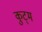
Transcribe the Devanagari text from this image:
कुट्म